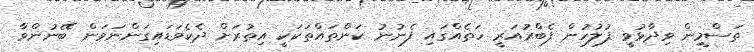
ތަސްމީން ވިދާޅުވީ ފުލުހުން ފެބްރުއަރީ ހަތެއްގައި ފެނުނު ކަންތައްތަކަކީ އިތުރަށް ދެކެވަޑައިގަންނަވަން ބޭނުންވާ